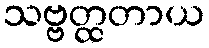
သဗ္ဗတ္ထတာယ